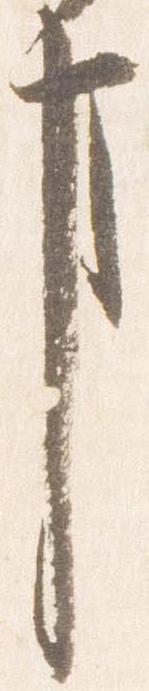
事